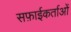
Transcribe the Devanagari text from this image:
सफ़ाईकर्ताओं